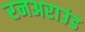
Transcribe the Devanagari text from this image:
रनअराउंड